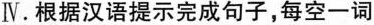
Ⅳ.根据汉语提示完成句子，每空一词